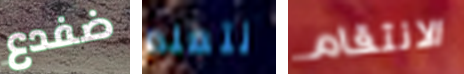
ضفدع نتعلم الانتقام